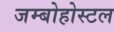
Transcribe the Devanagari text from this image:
जम्बोहोस्टल